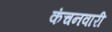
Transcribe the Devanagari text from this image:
कंचनवारी